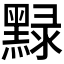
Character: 𪑔